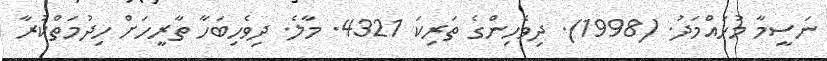
ނަސީމާ މުހައްމަދު. (1998). ދިވެހިންގެ ތަރިކަ 4321. މާލެ. ދިވެހިބަހާ ތާރީހަށް ހިދުމަތްކުރާ